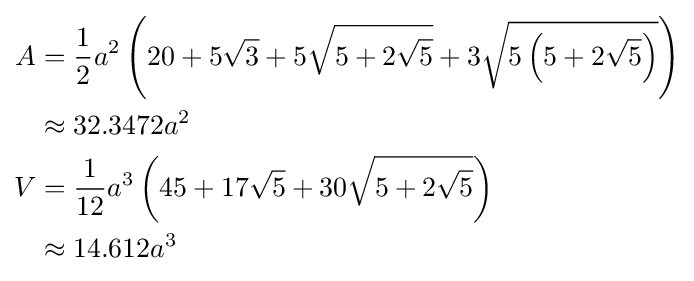
{\begin{aligned}A&={\frac {1}{2}}a^{2}\left(20+5{\sqrt {3}}+5{\sqrt {5+2{\sqrt {5}}}}+3{\sqrt {5\left(5+2{\sqrt {5}}\right)}}\right)\\&\approx 32.3472a^{2}\\V&={\frac {1}{12}}a^{3}\left(45+17{\sqrt {5}}+30{\sqrt {5+2{\sqrt {5}}}}\right)\\&\approx 14.612a^{3}\end{aligned}}